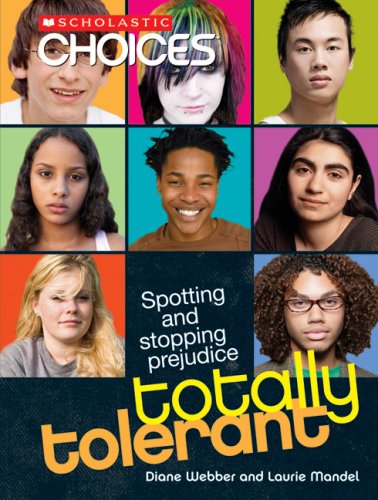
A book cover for Totally Tolerant: Spotting and Stopping Prejudice (Scholastic Choices); Diane Webber; Teen & Young Adult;